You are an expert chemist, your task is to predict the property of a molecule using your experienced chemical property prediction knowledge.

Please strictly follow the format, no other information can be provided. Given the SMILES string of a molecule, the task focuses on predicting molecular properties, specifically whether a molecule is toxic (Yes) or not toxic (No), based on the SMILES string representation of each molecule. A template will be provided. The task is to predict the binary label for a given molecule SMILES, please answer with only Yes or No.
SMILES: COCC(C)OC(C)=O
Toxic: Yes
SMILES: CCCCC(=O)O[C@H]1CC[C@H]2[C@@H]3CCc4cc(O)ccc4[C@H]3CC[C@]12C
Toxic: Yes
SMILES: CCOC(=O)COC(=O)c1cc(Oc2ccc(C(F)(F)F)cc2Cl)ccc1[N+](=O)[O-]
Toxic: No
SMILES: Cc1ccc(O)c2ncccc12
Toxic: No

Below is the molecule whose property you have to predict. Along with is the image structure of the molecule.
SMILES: CCCCCCCCCCCCCCCCBr
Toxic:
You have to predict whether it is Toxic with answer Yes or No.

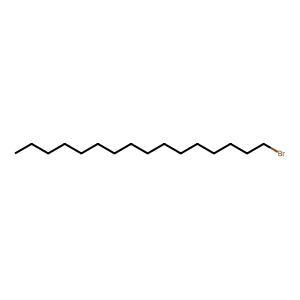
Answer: No